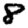
Digit: 8